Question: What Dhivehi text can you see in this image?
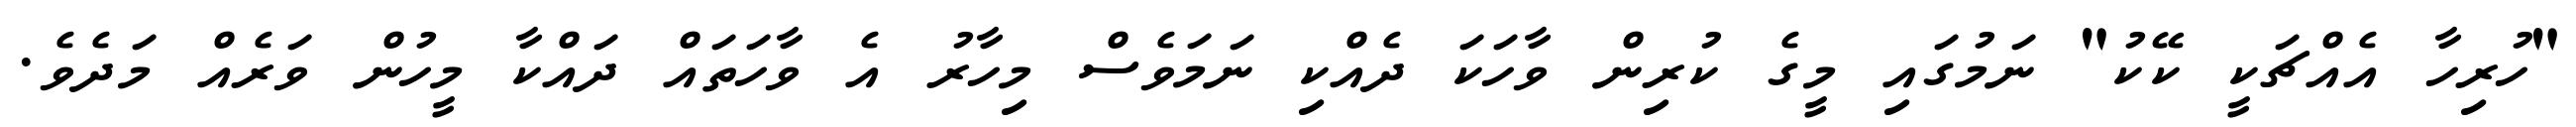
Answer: "ހުރިހާ އެއްޗަކީ ކޭކު" ނަމުގައި މީގެ ކުރިން ވާހަކަ ދެއްކި ނަމަވެސް މިހާރު އެ ވާހަތައް ދައްކާ މީހުން ވަރެއް މަދެވެ.